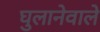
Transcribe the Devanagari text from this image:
घुलानेवाले